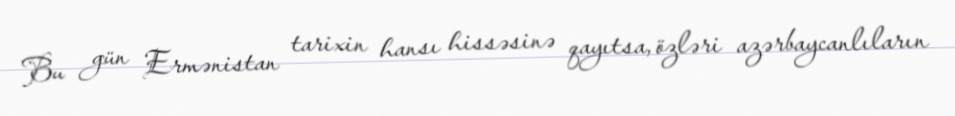
Bu gün Ermənistan tarixin hansı hissəsinə qayıtsa, özləri azərbaycanlıların